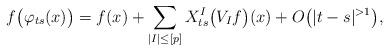
LaTeX: \begin{align*}f\big(\varphi_{ts}(x)\big) = f(x) + \sum_{|I|\leq [p]} X^I_{ts}\big(V_If\big)(x) + O\big(|t-s|^{>1}\big),\end{align*}